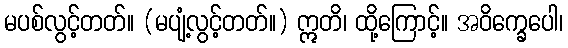
မပစ်လွင့်တတ်။ (မပျံ့လွင့်တတ်။) ဣတိ၊ ထို့ကြောင့်။ အဝိက္ခေပေါ၊